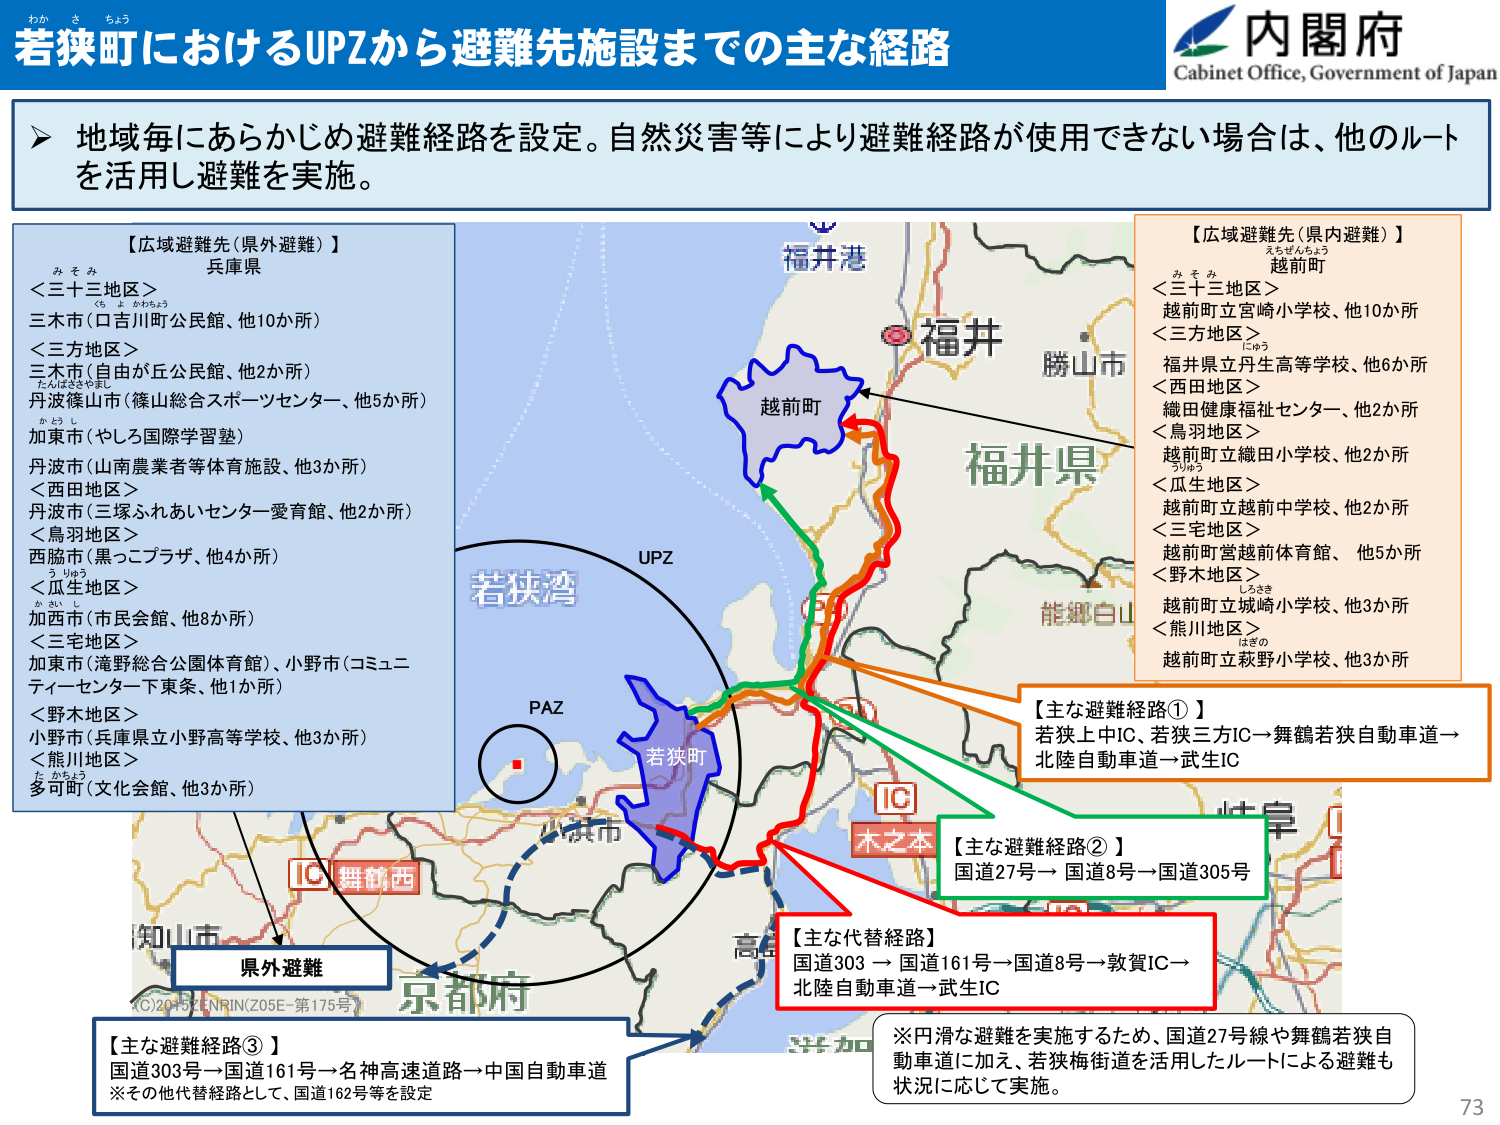
わか さ ちょう
若狭町におけるUPZから避難先施設までの主な経路
内閣府
Cabinet Office, Government of Japan

▶ 地域毎にあらかじめ避難経路を設定。自然災害等により避難経路が使用できない場合は、他のルートを活用し避難を実施。

【広域避難先（県外避難）】
兵庫県
＜三十三地区＞
三木市（口吉川町公民館、他10か所）
＜三方地区＞
三木市（自由が丘公民館、他2か所）
丹波篠山市（篠山総合スポーツセンター、他5か所）
加東市（やしろ国際学習塾）
丹波市（山南農業者等体育施設、他3か所）
＜西田地区＞
丹波市（三塚ふれあいセンター愛育館、他2か所）
＜鳥羽地区＞
西脇市（黒こつプラザ、他4か所）
＜瓜生地区＞
加西市（市民会館、他8か所）
＜三宅地区＞
加東市（滝野総合国体体育館）、小野市（コミュニティーセンター下条、他1か所）
＜野木地区＞
小野市（兵庫県立小野高等学校、他3か所）
＜熊川地区＞
多可町（文化会館、他3か所）

【広域避難先（県内避難）】
越前町
＜三十三地区＞
越前町立宮崎小学校、他10か所
＜三方地区＞
福井県立丹生高等学校、他6か所
＜西田地区＞
織田健康福祉センター、他2か所
＜鳥羽地区＞
越前町立織田小学校、他2か所
＜瓜生地区＞
越前町立越前中学校、他2か所
＜三宅地区＞
越前町営越前体育館、他5か所
＜野木地区＞
越前町立城崎小学校、他3か所
＜熊川地区＞
越前町立萩野小学校、他3か所

福井港
福井県
勝山市
能郷白山
若狭湾
UPZ
PAZ
若狭町
IC
木之本
舞鶴西
京都府
高浜市
知多市
IC

【主な避難経路①】
若狭上中IC→若狭三方IC→舞鶴若狭自動車道→北陸自動車道→武生IC

【主な避難経路②】
国道27号→国道8号→国道305号

【主な代替経路】
国道303→国道161号→国道8号→敦賀IC→北陸自動車道→武生IC

【主な避難経路③】
国道303号→国道161号→名神高速道路→中国自動車道
※その他代替経路として、国道162号等を設定

※円滑な避難を実施するため、国道27号線や舞鶴若狭自動車道に加え、若狭梅街道を活用したルートによる避難も状況に応じて実施。

(C)2015 ENRIN(Z05E-第175号)
73